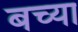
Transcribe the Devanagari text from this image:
बच्या